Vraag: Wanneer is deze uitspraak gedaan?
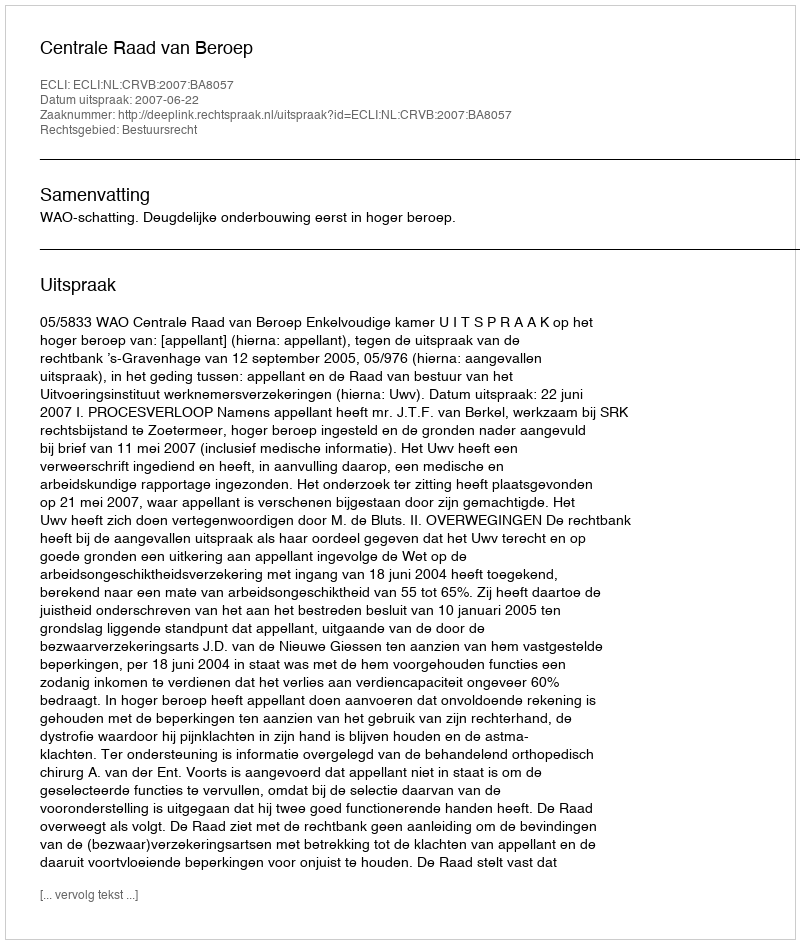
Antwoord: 2007-06-22